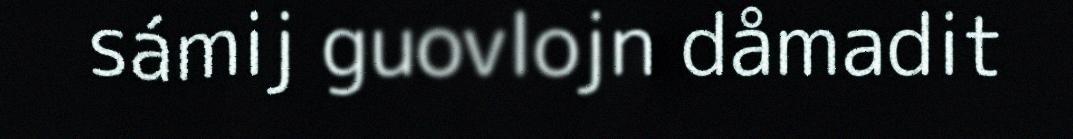
sámij guovlojn dåmadit